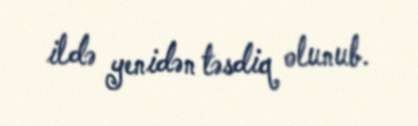
ildə yenidən təsdiq olunub.